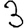
Digit: 3